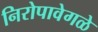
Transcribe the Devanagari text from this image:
निरोपावेगळे